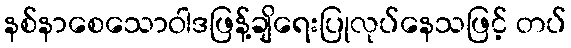
နစ်နာစေသောဝါဒဖြန့်ချိရေးပြုလုပ်နေသဖြင့် တပ်